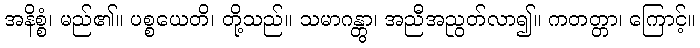
အနိစ္စံ၊ မည်၏။ ပစ္စယေတိ၊ တို့သည်။ သမာဂန္တွာ၊ အညီအညွတ်လာ၍။ ကတတ္တာ၊ ကြောင့်။